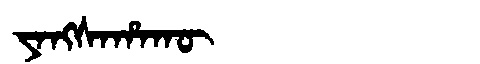
Manchu: ᠶᠠᠩᠰᠠᡥᠠᡴᡡ
Romanization: YANGSAHAKŪ